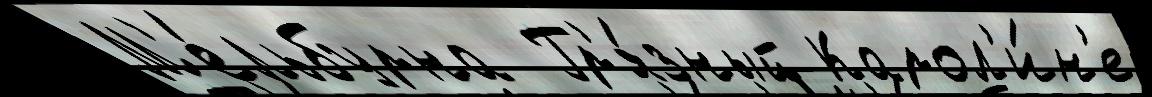
М'е́льбурна  Гр'я́зный Карол'и́н'е